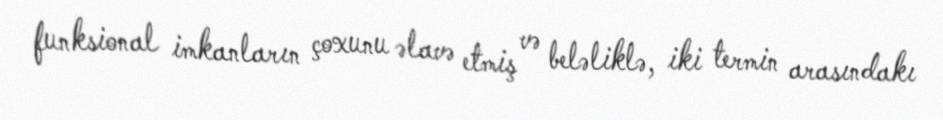
funksional imkanların çoxunu əlavə etmiş və beləliklə, iki termin arasındakı